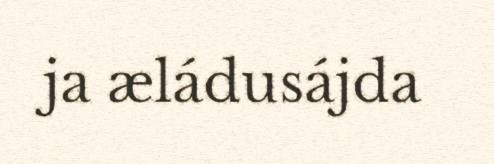
ja æládusájda